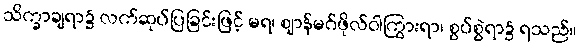
သိက္ခာချရာ၌ လက်ဆုပ်ပြခြင်းဖြင့် မရ၊ ဈာန်မဂ်ဖိုလ်ဝါကြွားရာ၊ စွပ်စွဲရာ၌ ရသည်။